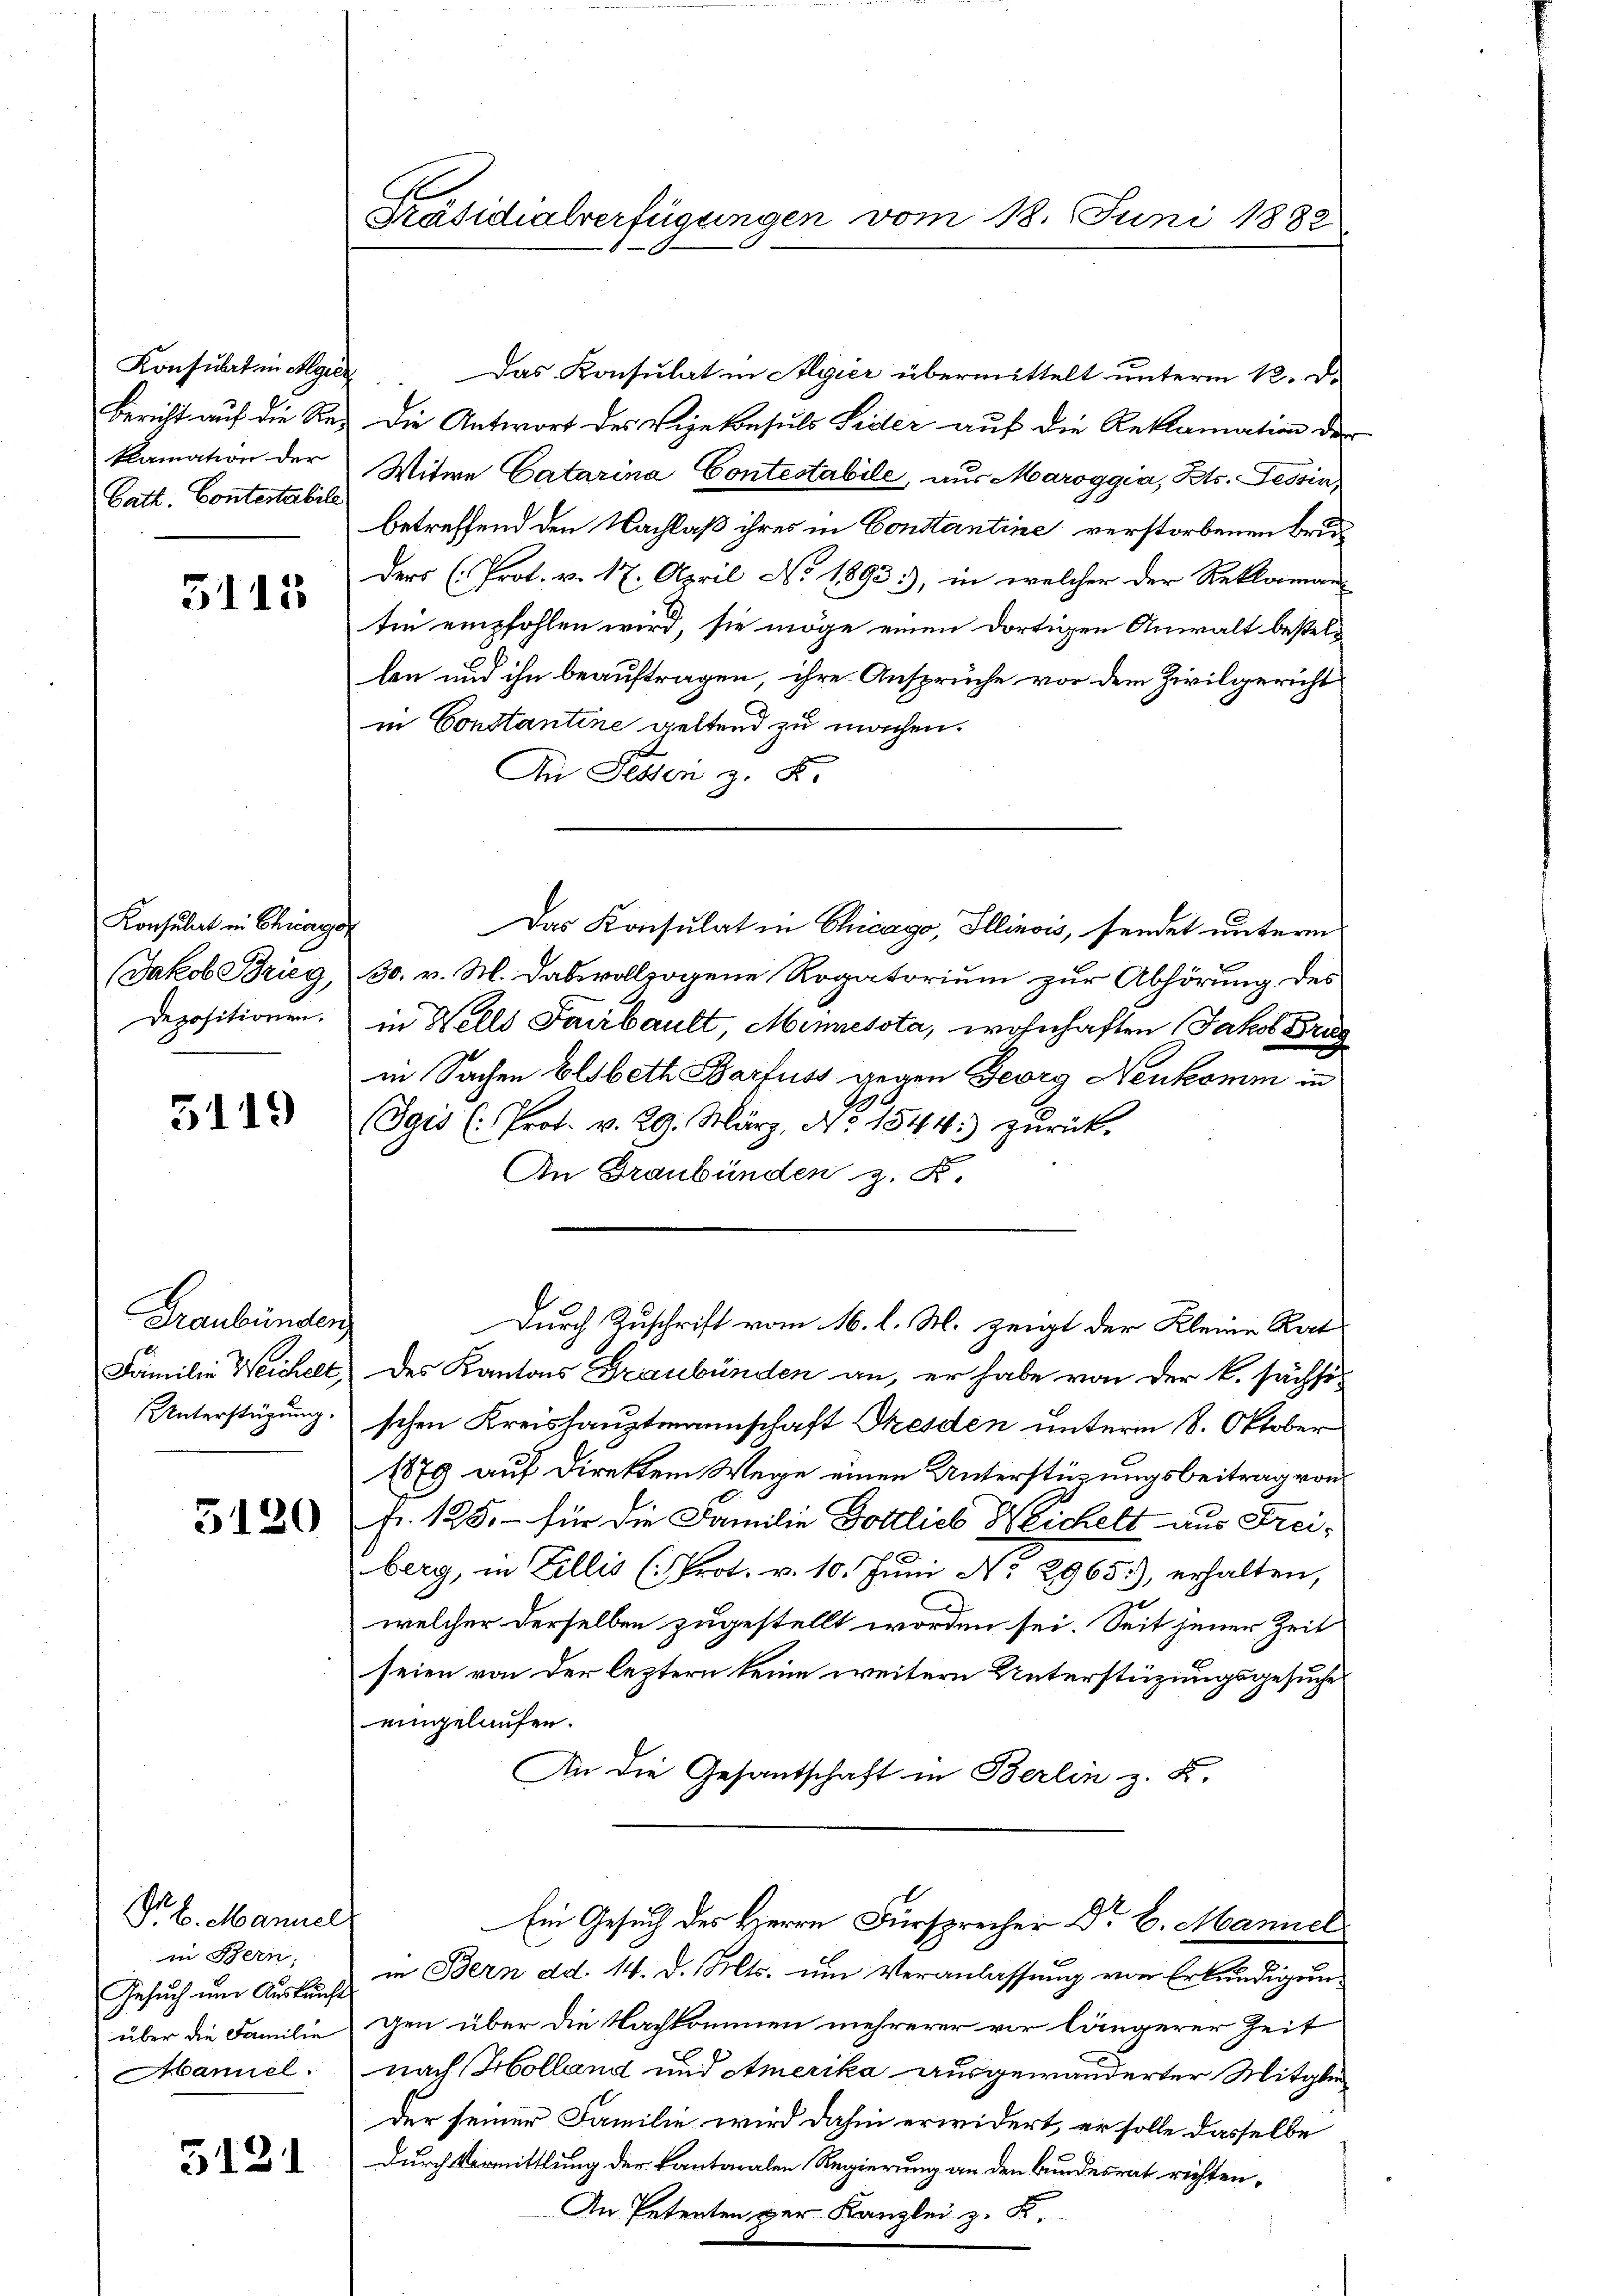
Konsulat in Algier
Bericht auf die Reklamation der
Gath. Contestabile

5115

Konsulat in Chicago
Jakob Brieg,
Depositionen.

5119

Graubünden
Familie Weichelt,
Unterstüzung.

5120

Nr 6. Mannel
in Bern;
Gesuch um Auskunft
über die Familie

3131

Präsidialverfügungen vom 18. Juni 1882

Das Konsulat in Algier übermittelt unterm 12. d.
Die Antwort des Vizekonsuls Sider auf die Reklamation der
Witwe Catarina Contestabile, aus Maroggia, Kts. Tessin,
betreffend den Nachlaß ihres in Constantine verstorbenen Bruders (Prot. v. 17. April No 1893), in welcher der Reklaman-
tein empfohlen wird, sie möge einen dortigen Anwalt bestel¬
E
len und ihn beauftragen, ihre Ansprüche vor dem Zivilgericht
in Constantine geltend zu machen.
An Fessen z. B.
Das Konsulat in Chicago, Illinois, sendet untern
30. v. M. Dabevollzogene Rogatorium zur Abhörung des
in Wells Faubault, Minnessta, wohnhaften Jakob Brug
in Sachen blsbeth Barfuss gegen Georg Neukomm in
(Sgis (: Prof. v. 29. März, No 1544. zurück.
An Graubünden z. R.
Durch Zuschrift vom 16. l. M. zeigt der Kleine Rat
Des Kantons Graubünden an, er habe von der k. sächsi
schen Kreishauptmannschaft Thesden unterm 8. Oktober
1879 auf Direktem Wege einen Unterstüzungsbeitrag von
fr. 125.- für die Familie Gottlieb Weichelt aus Freiberg, in Zillis (Prot. v. 10. Juni No 2965), erhalten,
welcher derselben zugestellt worden sei. Seit jener Zeit
seien von der leztern keine weitern Unterstüzungsgesuche
eingelaufen.
An die Gesantschaft in Berlin z. B.
Ein Gesuch des Herrn Fürsprecher Dr B. Mannel
in Bern dd. 14. d. Mts. um Veranlassung von Erkundigung
gen über die Nachkommen mehrerer vor längerer Zeit
Mannel, nach Holland und Amerika ausgewanderter Mitglieder seiner Familie wird dahin erwidert, er solle dasselbe
durch Vermittlung der Kantonalen Regierung an den Bundesrat richten,
An Petenten der Kanzlei z. K.